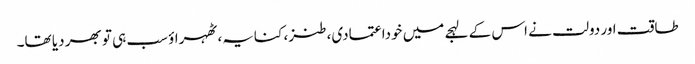
طاقت اور دولت نے اس کے لہجے میں خوداعتمادی، طنز، کنایہ، ٹھہراؤ سب ہی تو بھر دیا تھا۔